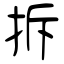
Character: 拆